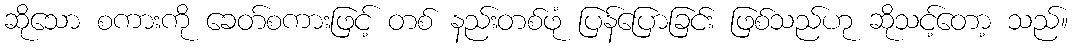
ဆိုသော စကားကို ခေတ်စကားဖြင့် တစ် နည်းတစ်ဖုံ ပြန်ပြောခြင်း ဖြစ်သည်ဟု ဆိုသင့်တော့ သည်။